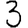
Digit: 3